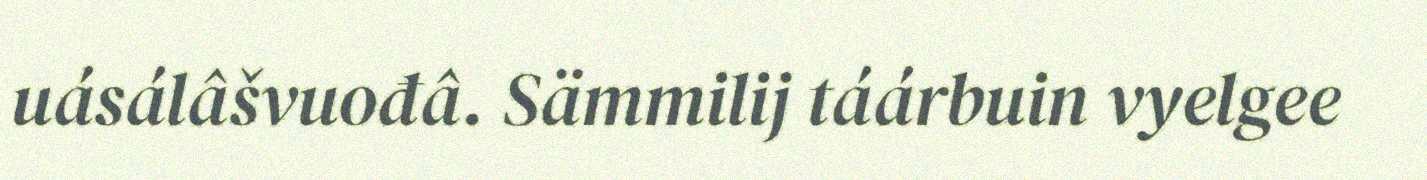
uásálâšvuođâ. Sämmilij táárbuin vyelgee